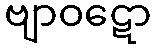
ဗျာဝဋော